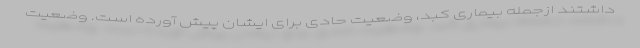
داشتند ازجمله بیماری کبد، وضعیت حادی برای ایشان پیش آورده است. وضعیت